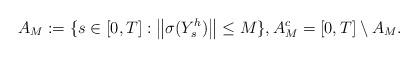
LaTeX: \begin{align*} A_M:=\{s\in[0,T]:\big\|\sigma(Y^h_s)\big\|\leq M\}, A_M^c=[0,T]\setminus{A_M}.\end{align*}